画像に写った文字を読んでください
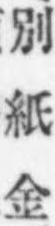
「別紙金」と書いてあります